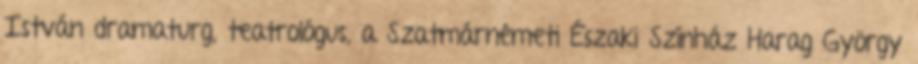
István dramaturg, teatrológus, a Szatmárnémeti Északi Színház Harag György